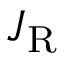
J _ { \mathrm { R } }